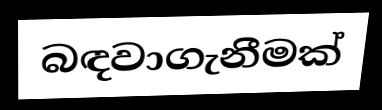
බඳවාගැනීමක්